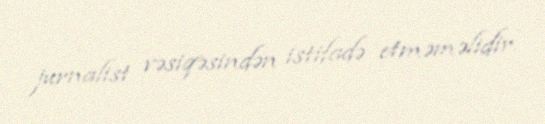
jurnalist vəsiqəsindən istifadə etməməlidir.